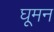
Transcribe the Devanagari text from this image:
घूमन